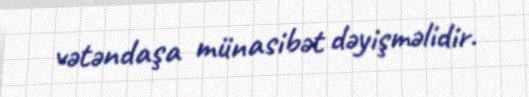
vətəndaşa münasibət dəyişməlidir.